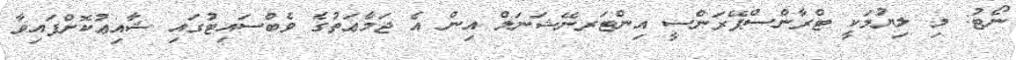
ނޯޓު: މި ލިޔުމަކީ ޓްރާންސްޕޭރަންސީ އިންޓަރނޭޝަނަލް އިން އެ ޖަމާޢަތުގެ ވެބްސައިޓުގައި ޝާއިޢުކޮށްފައިވާ